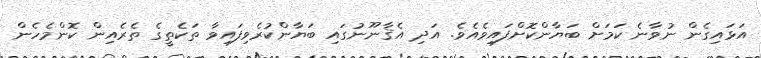
އަޅައިގެން ނުވާނެ ކަމަށް ބަޔާންކޮށްފައިވެއެވެ. އަދި އެޤާނޫނުގައި ބަޔާންކުރެވިފައިވާ ތަކެތީގެ ތެރެއިން ކޮންމެހެން